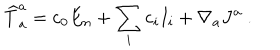
{ \widehat T } _ { a } ^ { a } = \mathrm { c } _ { 0 } E _ { n } + \sum _ { i } \mathrm { c } _ { i } I _ { i } + \nabla _ { a } J ^ { a } \ .